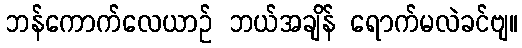
ဘန်ကောက်လေယာဉ် ဘယ်အချိန် ရောက်မလဲခင်ဗျ။